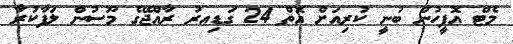
މެޓް އޮފީހުން ބުނީ ކުރިއަށް އޮތް 24 ގަޑިއރު ރާއްޖޭގެ މޫސުން ލަފާކުރާ